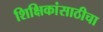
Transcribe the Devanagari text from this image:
शिक्षिकांसाठीचा